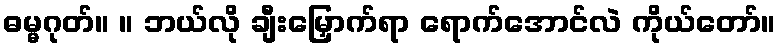
ဓမ္မဂုတ်။ ။ ဘယ်လို ချီးမြှောက်ရာ ရောက်အောင်လဲ ကိုယ်တော်။